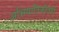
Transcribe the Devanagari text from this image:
अभियांत्रिकीतही